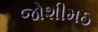
જોશીમઠ